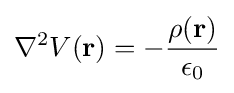
\nabla ^{2}V(\mathbf {r} )=-{\frac {\rho (\mathbf {r} )}{\epsilon _{0}}}